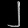
Digit: ၂